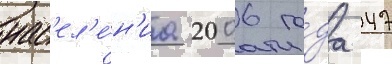
нас'ел'е́н'иа 2006 го́да 47